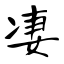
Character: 凄